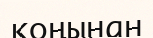
қоңынан